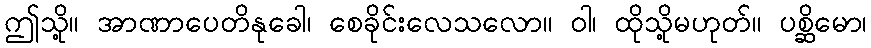
ဤသို့။ အာဏာပေတိနုခေါ၊ စေခိုင်းလေသလော။ ဝါ၊ ထိုသို့မဟုတ်။ ပစ္ဆိမော၊